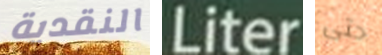
النقدية Liter حتى